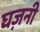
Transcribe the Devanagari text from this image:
घज़नी